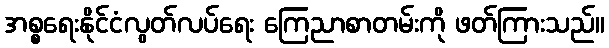
အစ္စရေးနိုင်ငံလွတ်လပ်ရေး ကြေညာစာတမ်းကို ဖတ်ကြားသည်။